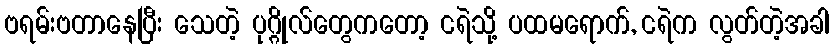
ဗရမ်းဗတာနေပြီး သေတဲ့ ပုဂ္ဂိုလ်တွေကတော့ ငရဲသို့ ပထမရောက်, ငရဲက လွတ်တဲ့အခါ